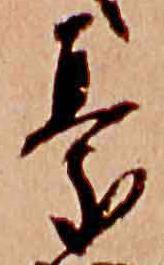
憂